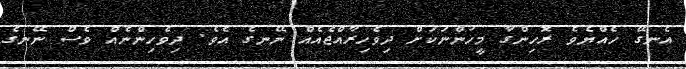
އެނގޭ ހެއްޔެވެ ރޮހިންގާ މީހުންނަކަށް ދިވެހިރާއްޖެއެއް ނޭނގެ އެވެ. ދިވެހިންނެއް ވެސް ނޭނގެ